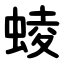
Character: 䗀